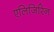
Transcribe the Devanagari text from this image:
एलिजिरिन